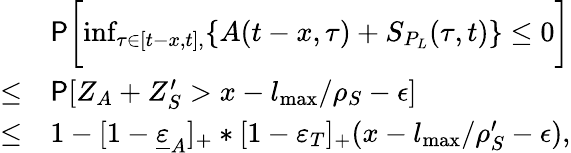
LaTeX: \begin{array}{rl}&{\mathsf{P}\biggl[\operatorname*{inf}_{\tau\in[t-x,t],}\{ A(t-x,\tau)+S_{P_{L}}(\tau,t)\} \le 0\biggr]}\\ {\le}&{\mathsf{P}[Z_{A}+Z_{S}^{\prime}>x-l_{\operatorname*{max}}/\rho_{S}-\epsilon]}\\ {\le}&{1-[1-\underline{{\varepsilon}}_{A}]_{+}\ast[1-\varepsilon_{T}]_{+}(x-l_{\operatorname*{max}}/\rho_{S}^{\prime}-\epsilon),}\end{array}